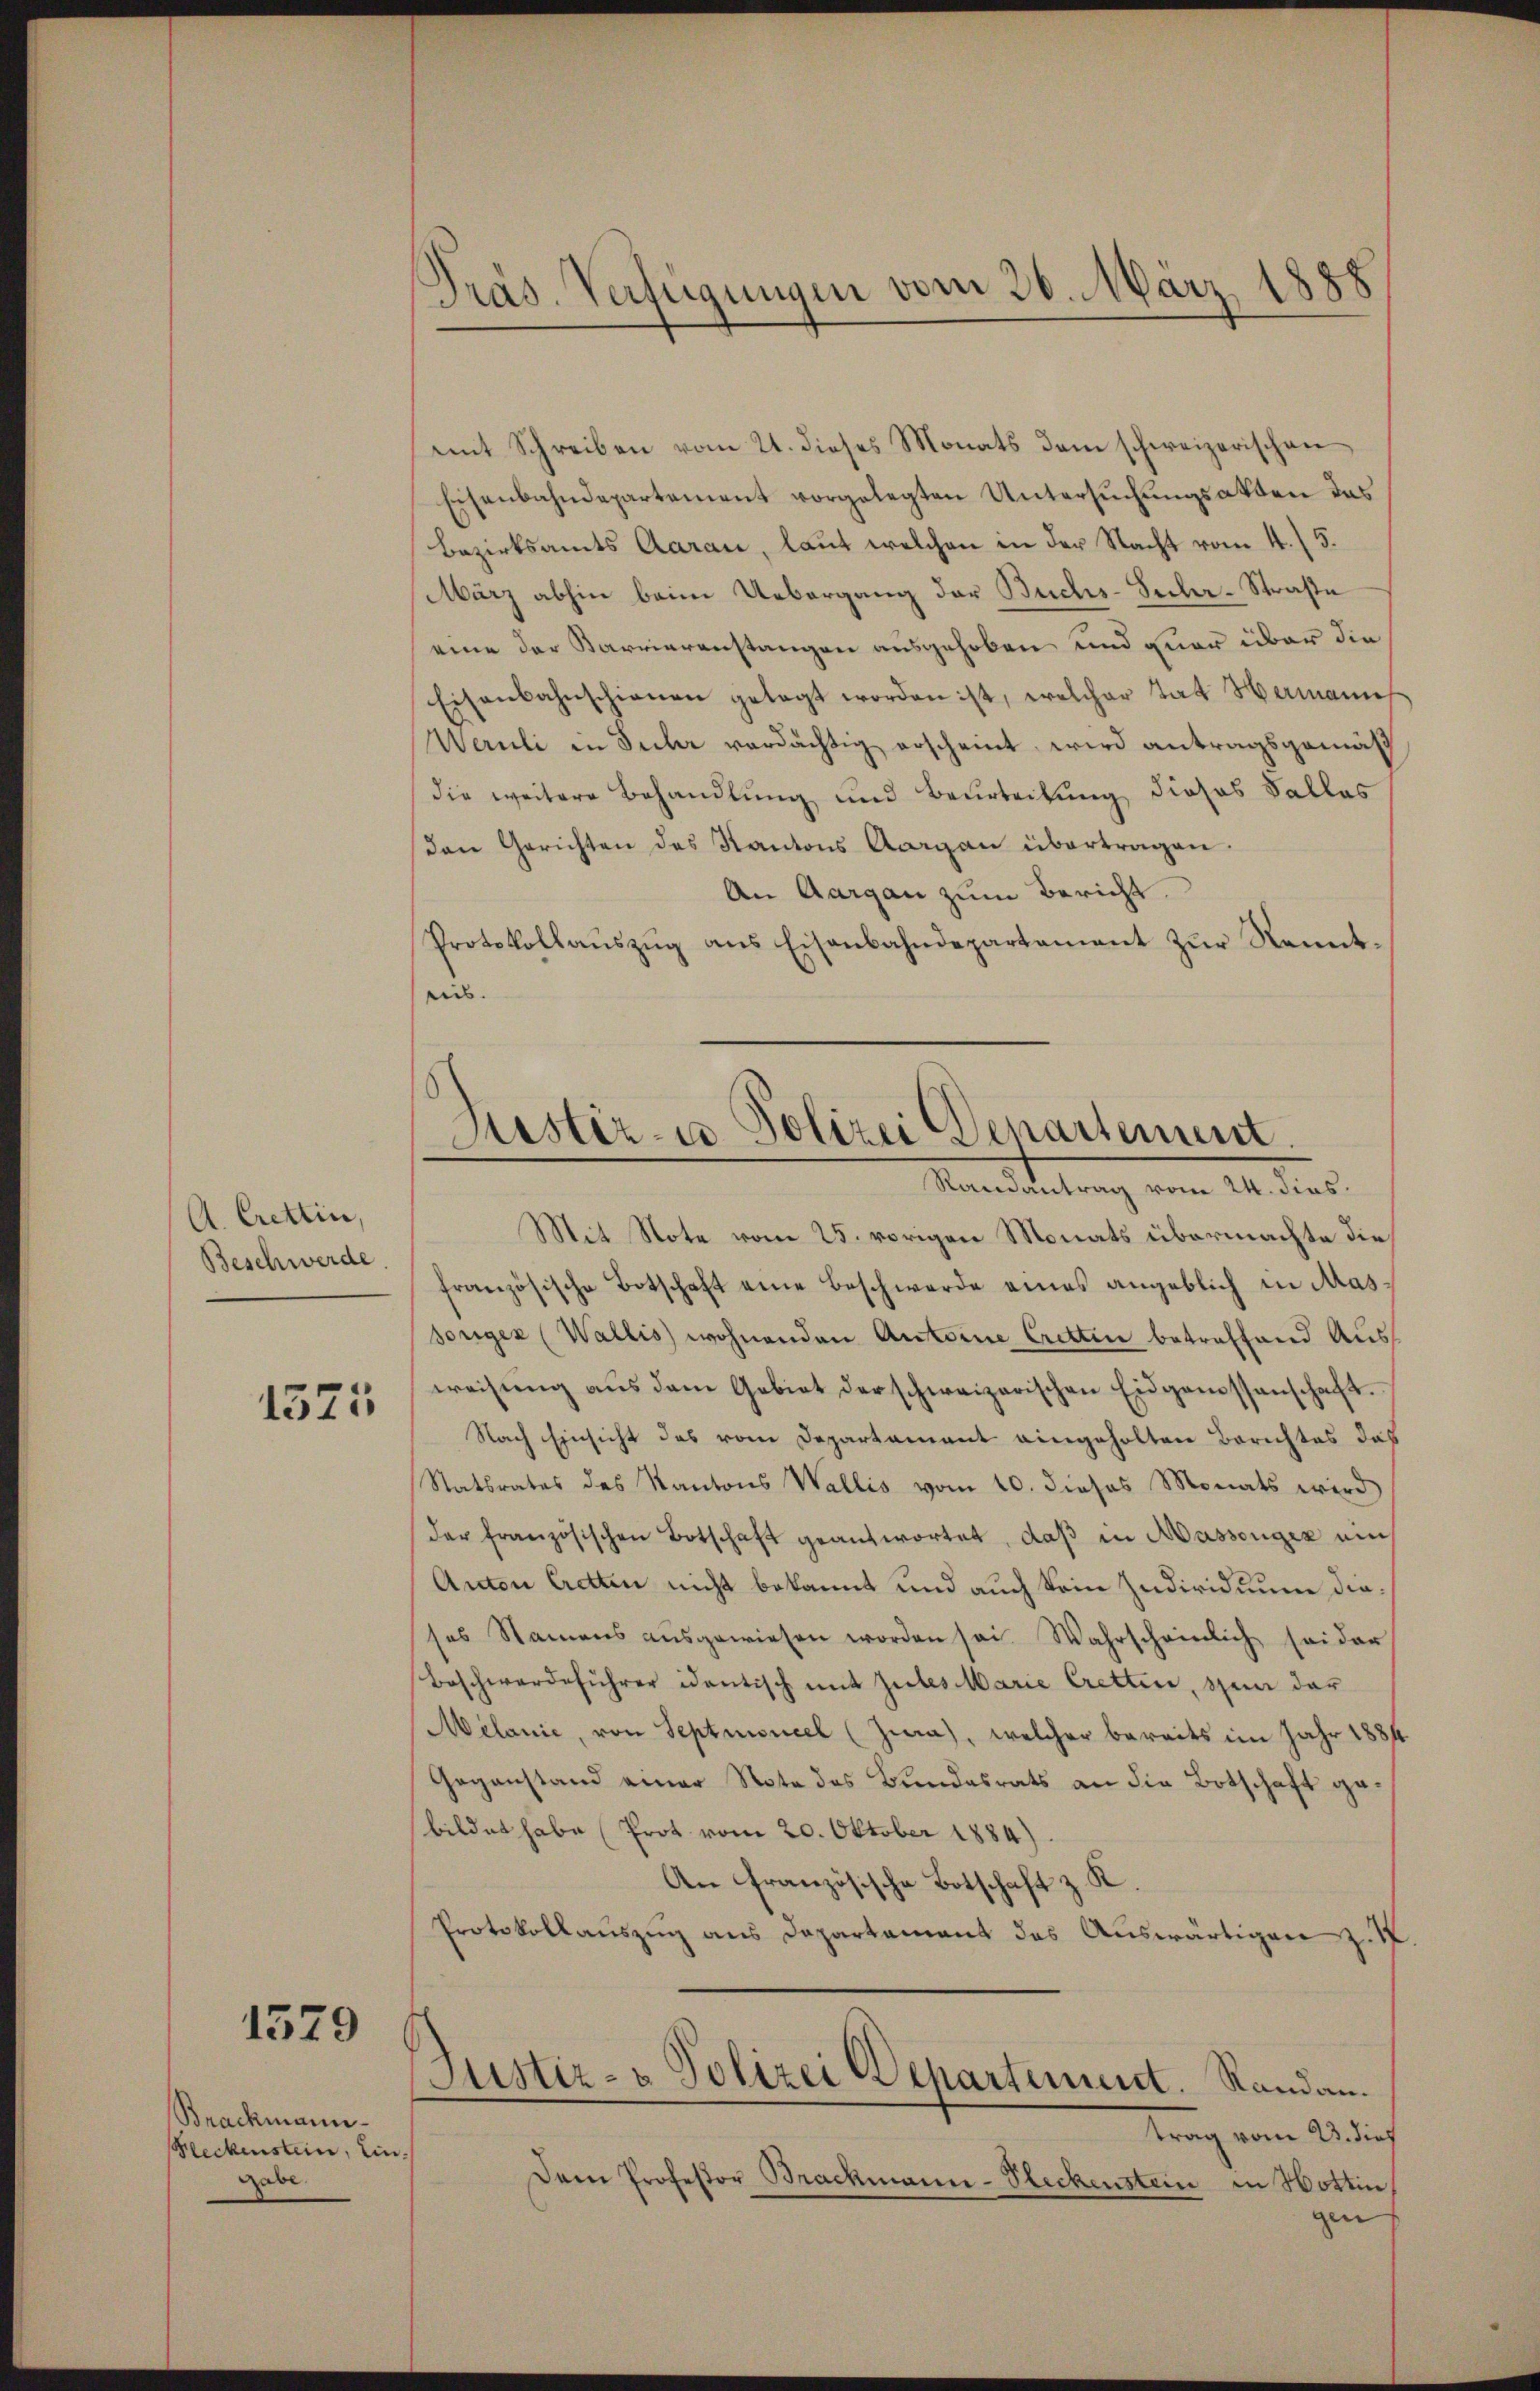
A. Crettin,
Beschwerde.

1525

1579

Brackmann
Fleckenstein, ein
gabe.

mit Schreiben vom 21. dieses Monats dem schweizerischen
Eisenbahndepartement vorgelegten Untersuchungsakten das
Bezirksamts Aarau, laut welchen in der Nacht vom 4. / 5.
März abhin beim Uebergang der Buchs-Secler-Straße
eine der Karrieranstangen ausgehoben und quer über die
Eisenbahnschienen gelegt worden ist, welcher tat Hermannes
Wernli in Sucher verdächtig erscheint wird antragsgemäß
die weitere Behandlung und Beurteilung dieses Falles
Den Gerichten des Kantons Aargau übertragen.
An Aargau zum Bericht.
Protokollaŭszŭg ans Eisenbahndepartement zŭr Kennt-
eis.

Präs. Verfügungen vom 26. März 1888

Fister- u Polizei denartement.

Randantrag vom 24. dies
Mit Note vom 25. vorigen Monats übermachte die
französische Botschaft eine Beschwerde eines angeblich in Mas¬
Sorigen (Wallis wohnenden Antoine Cretten betreffend Ausweisŭng aŭs dem Gebiet der schweizerischen Eidgenossenschaft.
Nach Einsicht das vom Departament eingeholten Berichtes das
Statsrates des Kantons Wallis vom 10. dieses Monats wird
der französischen Botschaft geantwortet, daß in Massenger mich
Anton Cretten nicht bekannt und auch kein Individuum dieses Namens aŭsgewiesen worden sei. Wahrscheinlich sei der
Beschwerdeführer identisch mit Gutes Marie Cretten, sei der
Melanie, von Septioncel (Zia), welcher bereits im Jahr 1884
Gegenstand einer Note des Bundesrats an die Botschaft gebildet habe (Prot vom 20. Oktober 1884)
An Französische Botschaft z. K.
Protokollaŭszŭg ans Departament des Auswärtigen z. S.
Justiz- & Polizei Departement. Standau.
trag vom 23. dies
Dem Professor Brackmann-Steckenstein in Hottin,
gen